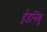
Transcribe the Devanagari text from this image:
ईडनिंबू